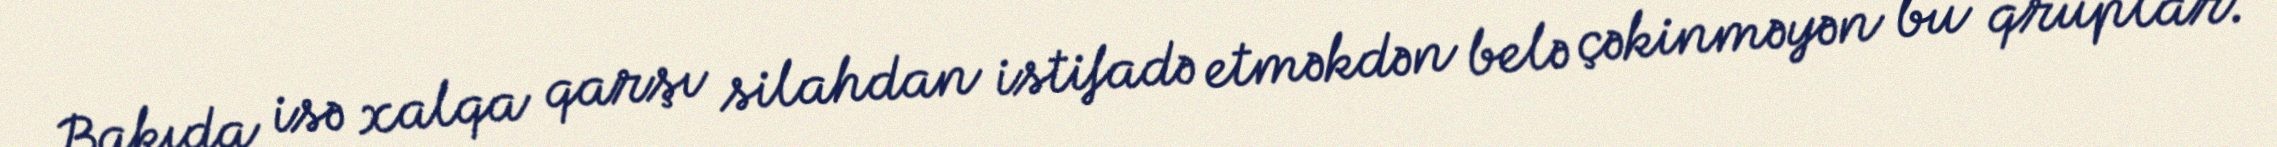
Bakıda isə xalqa qarşı silahdan istifadə etməkdən belə çəkinməyən bu qruplar.